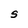
Character: S